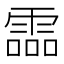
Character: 霝